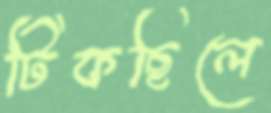
টিকছিলে